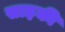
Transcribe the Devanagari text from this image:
साइकी